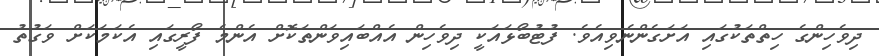
ދިވެހިންގެ ހިތްތަކުގައި އަށަގެންނެވިއެވެ. ފުޓުބޯޅައަކީ ދިވެހިން އެއްބައިވަންތަކޮށް އެންމެ ފޯރީގައި އެކަމަކަށް ވަގުތު